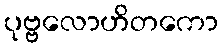
ပုဗ္ဗလောဟိတကော